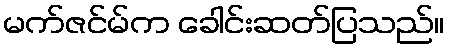
မက်ဇင်မ်က ခေါင်းဆတ်ပြသည်။